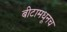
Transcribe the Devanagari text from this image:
बीटामधूनच